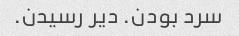
سرد بودن. دیر رسیدن.